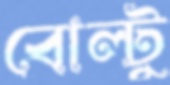
বোল্টু